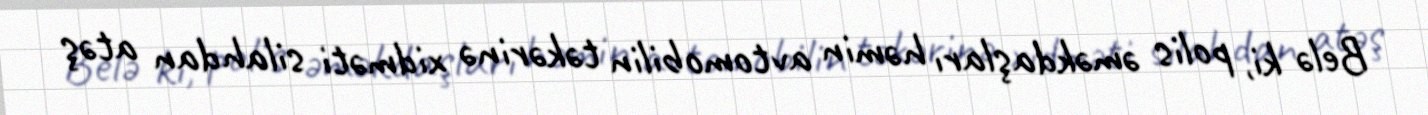
Belə ki, polis əməkdaşları həmin avtomobilin təkərinə xidməti silahdan atəş